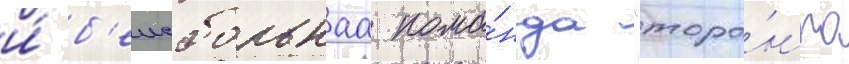
и́ б'еисбольнаа кома́нда "торо́нто